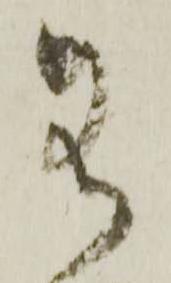
若